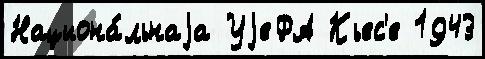
Национа́льнаjа УjеФА Кьес'е 1943